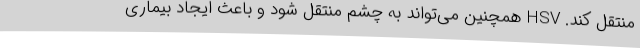
منتقل کند. HSV همچنین می‌تواند به چشم منتقل شود و باعث ایجاد بیماری